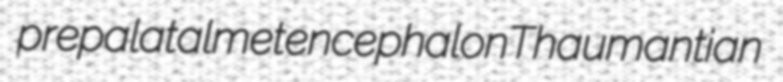
prepalatal metencephalon Thaumantian